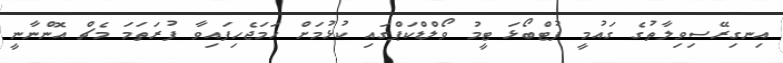
އިނގިރޭސިވިލާތުގެ ގައުމީ ފުޓްބޯޅަ ޓީމު ވޯލްޑްކަޕްގައި ކުޅުމަށް ހަމަޖެހިފައިވާ ފުރަތަމަ މެޗް އޮންނާނީ